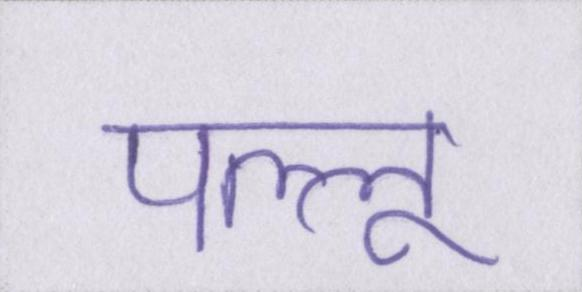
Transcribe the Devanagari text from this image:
पल्लू